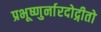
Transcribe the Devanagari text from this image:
प्रभूष्णुर्नारदोद्गीतो